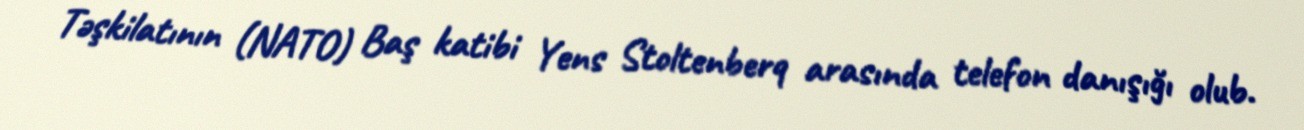
Təşkilatının (NATO) Baş katibi Yens Stoltenberq arasında telefon danışığı olub.